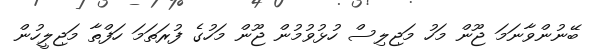
ބޭނުންވާނަމަ ޖޫން މަހު މަޖިލިސް ހުޅުވުމުން ޖޫން މަހުގެ ފުރަތަމަ ހަފްތާ މަޖިލީހުން